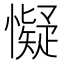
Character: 懝